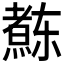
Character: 𱬝